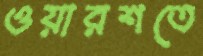
ওয়ারশতে